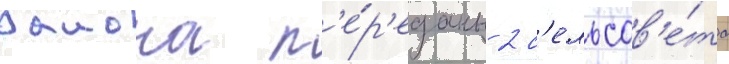
раиона п'е́р'еданы 2 с'ельсов'е́та